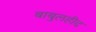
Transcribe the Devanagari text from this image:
बाबुलहीद